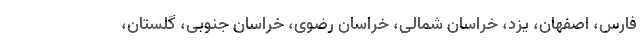
فارس، اصفهان، یزد، خراسان شمالی، خراسان رضوی، خراسان جنوبی، گلستان،